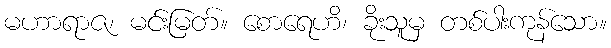
မဟာရာဇ၊ မင်းမြတ်။ စောရေဟိ၊ ခိုးသူမှ တစ်ပါးကုန်သော။